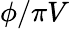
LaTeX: \phi/\pi V